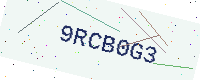
Text: 9RCB0G3